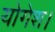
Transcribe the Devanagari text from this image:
योगेश।